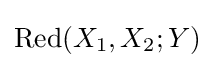
{\text{Red}}(X_{1},X_{2};Y)